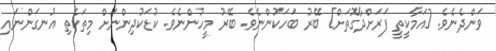
ވަންދެނެވެ. [އަމާކީތީ ފަރަށްދާގޮތަށް] ބޭރު ބަހަކުންނެވެ. ބޭރު މީހުންނެވެ. ކުޑަކުދިންނަށް މިތަކެތި އުނގަންނައި